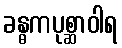
ခန္ဓကပုစ္ဆာဝါရ